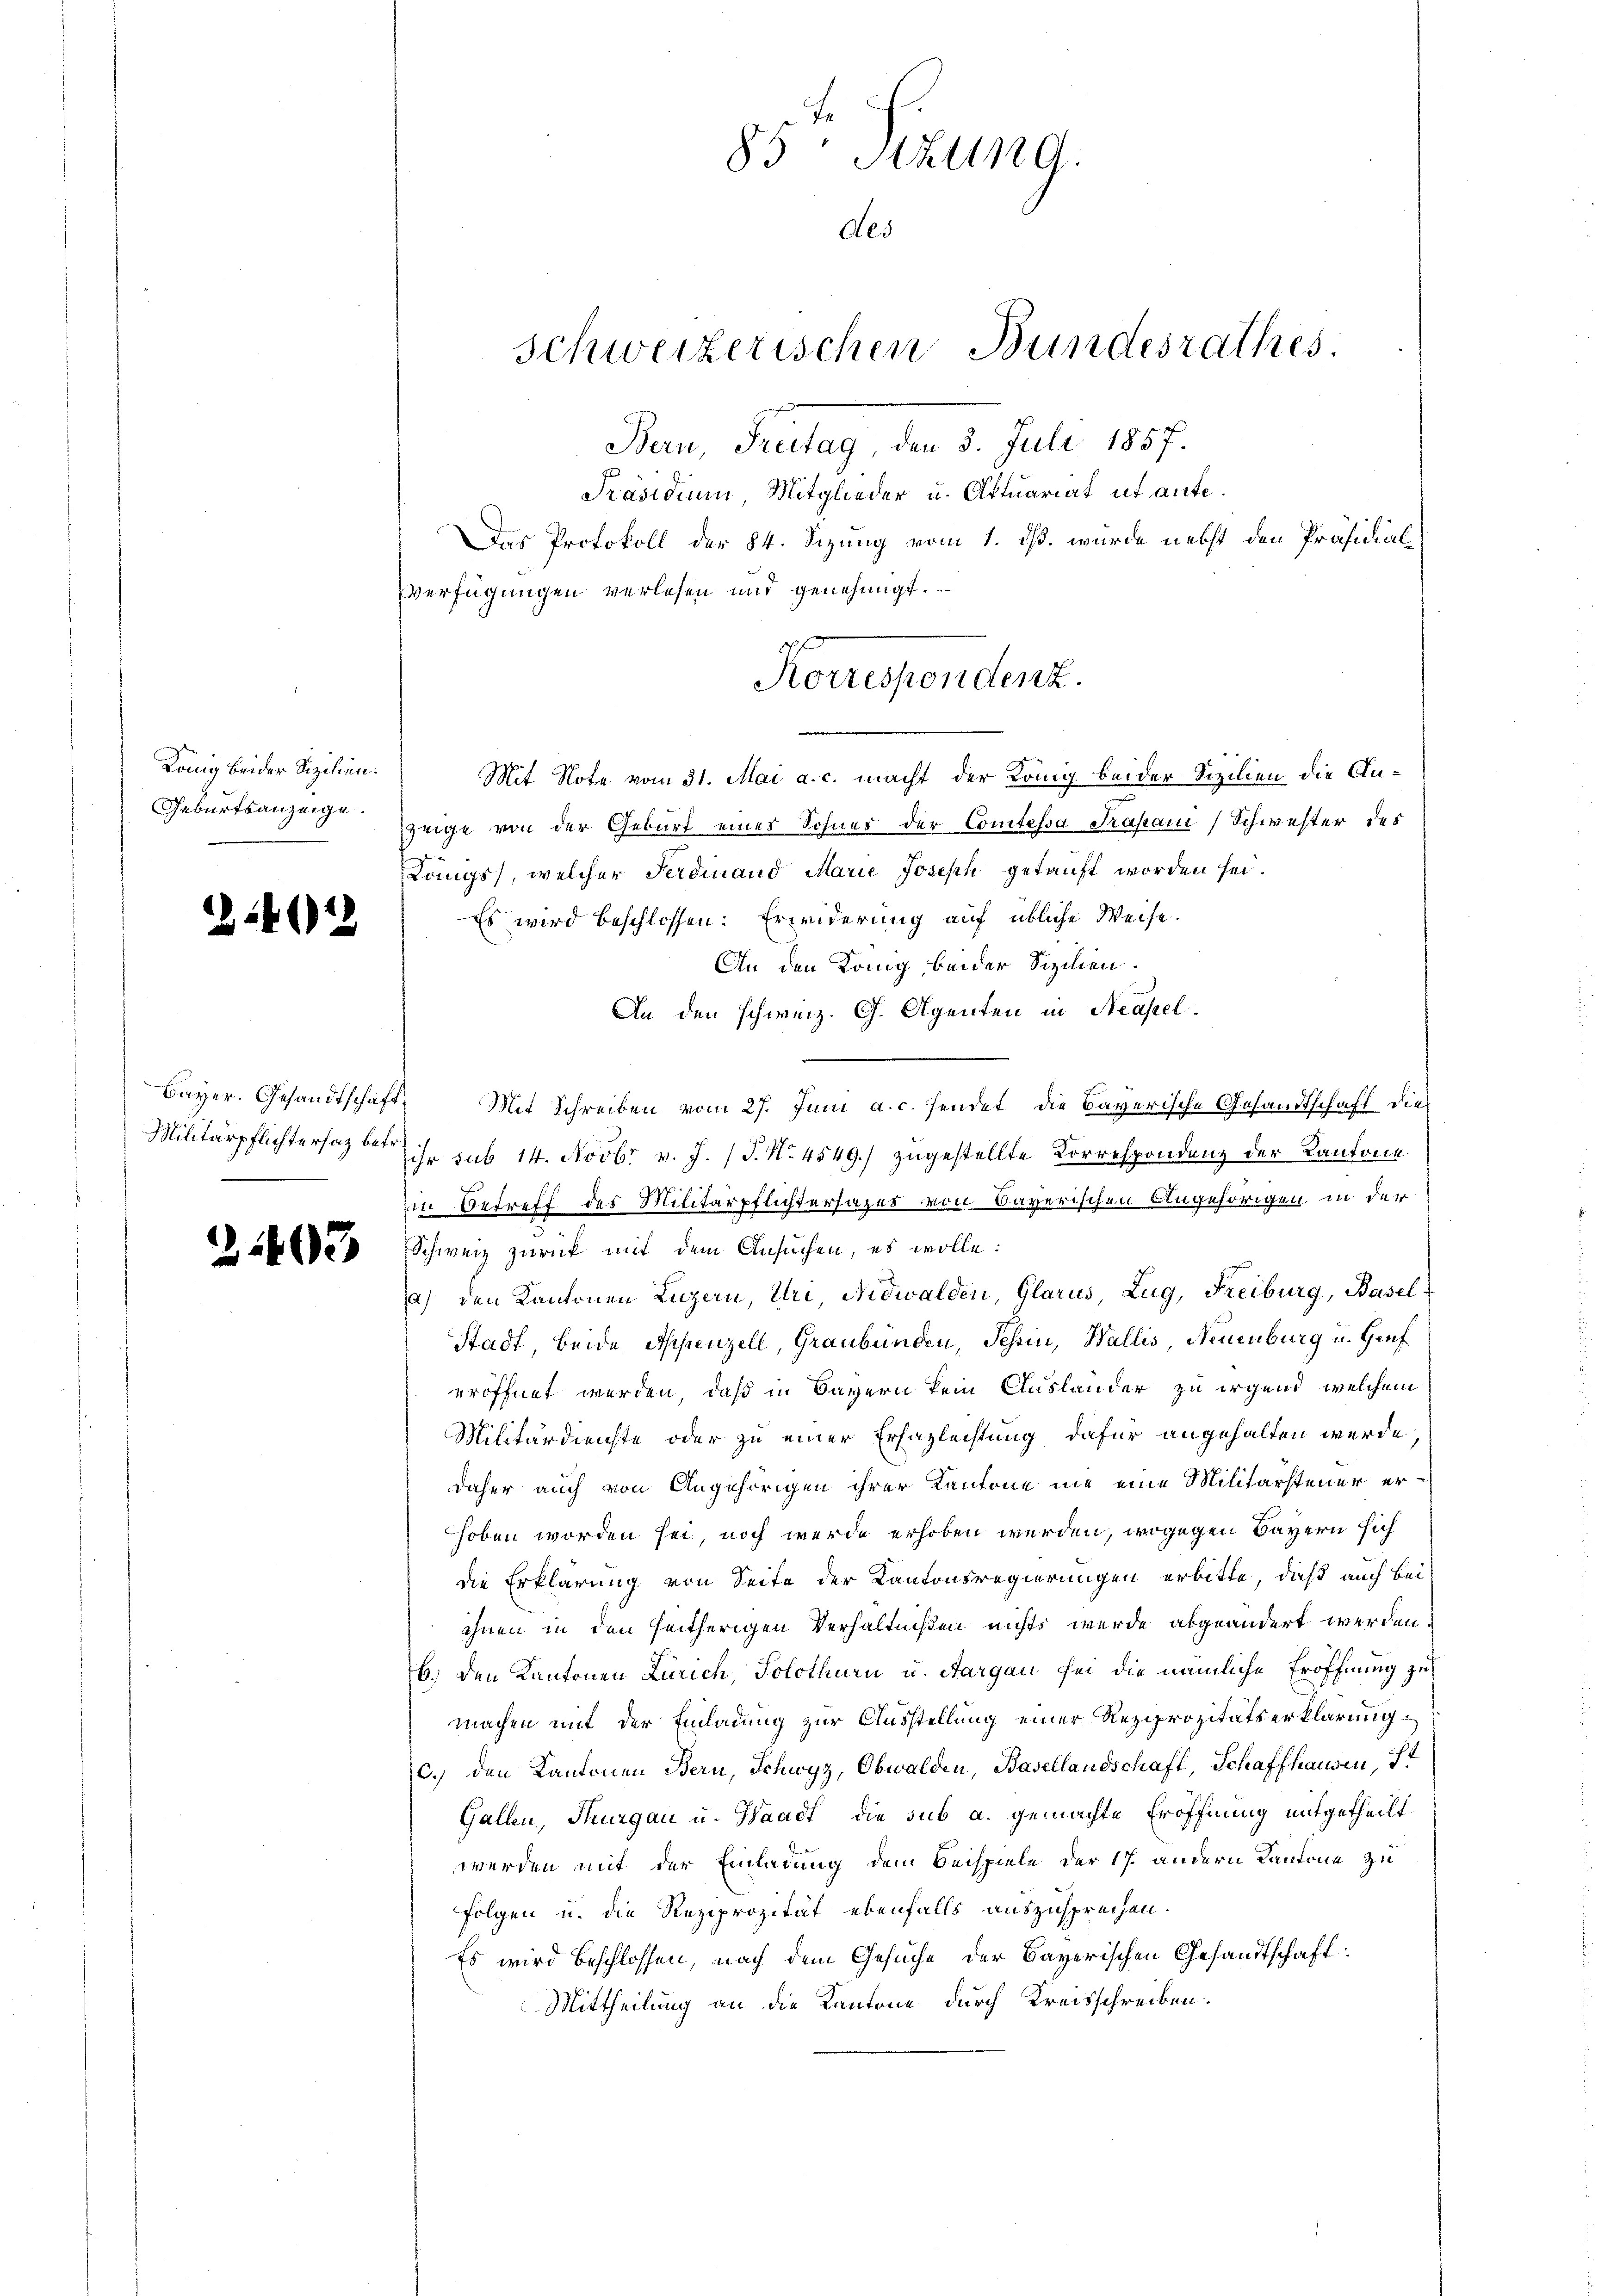
König beider Sizilien.
Geburtsanzeige.

2242

.

31403

Militärpflichtersatz betr

85 Stein G
Aes
Schweizerischen Bundesrathes:
Ban, Fritag, den 5. Juli 1887.

Korrespondenz.

Präsidium Mitglieder u. Oftuariat ut anfe¬
Das Protokoll der 84. Sizung vom 1. ds. wurde nebst den Präsidial¬
Verfügungen verlesen und genehmigt.
Mit Note vom 31. Mai a. c. macht der König beider Sizilien die Anzeige von der Geburt eines Sohner der Comtessa Trasani (Schwester des
Langs, welcher Ferdinand Marie Joseph getauft worden sei.
Es wird beschlossen: Erwiderung auf übliche Weise.
An den König, beider Sizilien.
An den schweiz. G. Agenten in Neapel.
Bayer. Gesandtschaft Mit Schreiben vom 27. Juni a. c. sendet, die Bayerische Gesandtschaft die
ihr sub 14. Novbr. v. J. J. No. 4549.) zugestellte Korrespondenz der Kantone
d
in Betreff des Militärpflichtersazes von Saverischen Angehörigen in der
Schweiz zurück mit dem Ansuchen, es wolle:
a) den Kantonen Luzern, Uri, Nidwalden, Glarus, Zug, Freiburg, Basel
Stadt, beide Appenzell, Graubünden, Tessin, Wallis, Neuenburg u. Genf
eröffnet werden, daß in Bayern kein Auslander zu irgend, welchem
Militärdienste oder zu einer Erfazlechtung dafür angehalten werde
daher auch von Angehörigen ihrer Kantone nie eine Militärsteuer erhoben worden sei, noch werde erhoben werden, wogegen Bayern sich
die Erklärung von Seite der Kantonsregierungen erbitte, dieß auch beiihnen in den heitherigen Verhältnißen nichts wurde abgeändert werden
b.) Den Kantonen Zürich, Solothurn u. Aargau sei die nämliche Eröffnung zu
machen mit der Einladung zur Ausstellung einer Reziprozitätserklärung
c.) den Kantonen Bern, Schwyz, Obwalden, Basellandschaft, Schaffhausen, st
Gallen, Thurgau u. Waadt, die sub a. gemachte Eröffnung mitgetheilt
werden mit der Einladung dem Beispiele der 17. andern Kantone zu
Folgen u. die Reziprozität ebenfalls auszusprechen.
Es wird beschlossen, nach dem Gesuche der Bayerischen Gesandtschaft:
Mittheilung an die Kantone durch Kreisschreiben.